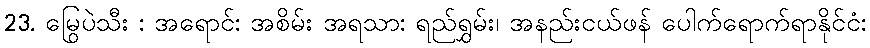
23. မြွေပဲသီး : အရောင်: အစိမ်း အရသာ: ရည်ရွှမ်း၊ အနည်းငယ်ဖန် ပေါက်ရောက်ရာနိုင်ငံ: